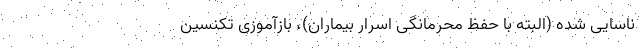
ناسایی شده (البته با حفظ محرمانگی اسرار بیماران)، بازآموزی تکنسین